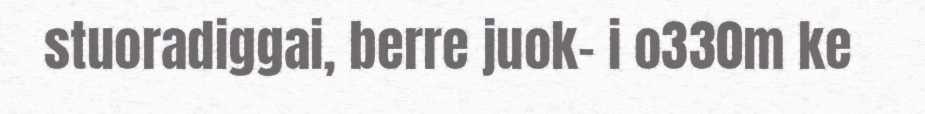
stuoradiggai, berre juok- i o330m ke